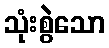
သုံးစွဲသော